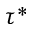
\tau ^ { * }